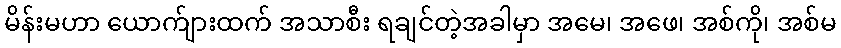
မိန်းမဟာ ယောက်ျားထက် အသာစီး ရချင်တဲ့အခါမှာ အမေ၊ အဖေ၊ အစ်ကို၊ အစ်မ